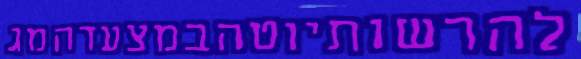
להרשותיוטהבמצעדהמג